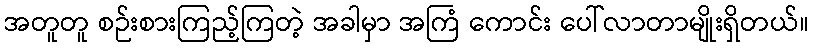
အတူတူ စဉ်းစားကြည့်ကြတဲ့ အခါမှာ အကြံ ကောင်း ပေါ်လာတာမျိုးရှိတယ်။